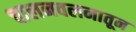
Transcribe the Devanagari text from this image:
चालनवलनातून